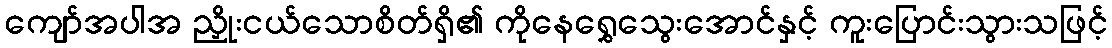
ကျော်အပါအ ညှိုးငယ်သောစိတ်ရှိ၏ ကိုနေရွှေသွေးအောင်နှင့် ကူးပြောင်းသွားသဖြင့်